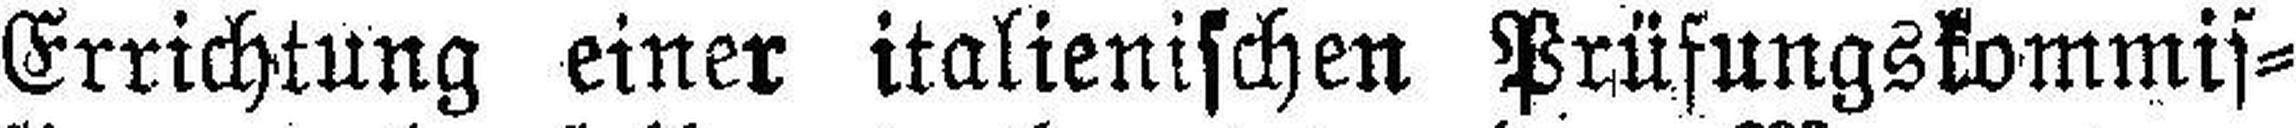
Errichtung einer italienischen Prüfungskommis¬